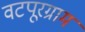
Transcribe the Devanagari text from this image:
वटपूरग्राम